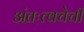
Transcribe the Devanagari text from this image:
अंतःत्वचेची